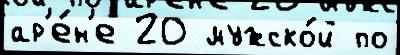
ар'е́н'е 20 мужско́й по